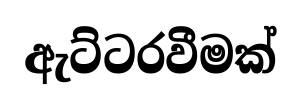
ඇට්ටරවීමක්